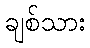
ချစ်သား